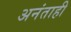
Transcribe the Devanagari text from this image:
अनंताही